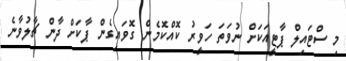
މި ސްޓައިލް ޕާޓީއަކަށް ނުވަތަ ހަވީރު ކޮއްކޮމެން ގޮވައިގެން ޕާކަށް ދާން ޗާލުވާނެ